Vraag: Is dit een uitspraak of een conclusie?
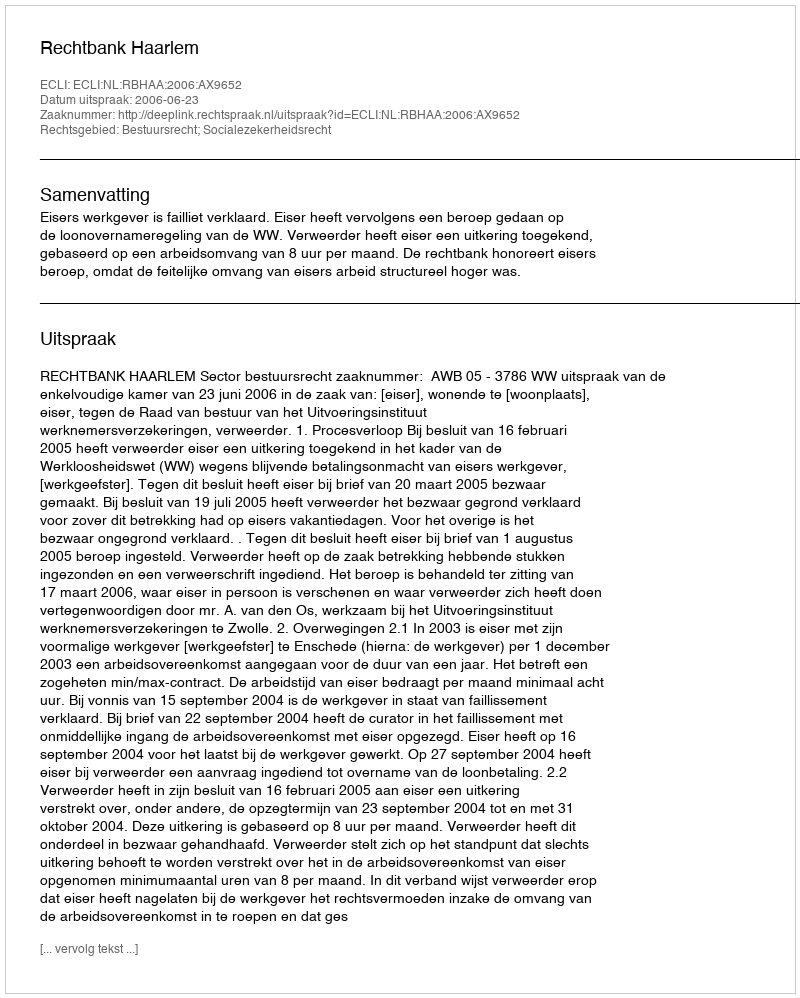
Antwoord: Uitspraak